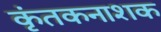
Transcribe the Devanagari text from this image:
कृंतकनाशक